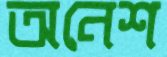
অনেশ